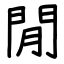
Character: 閒